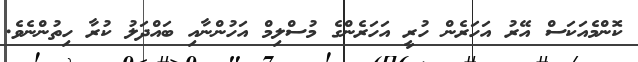
ކޮންމެއަކަސް އޭރު އަހަރެން ހުރީ އަހަރެންގެ މުސްލިމް އަހުންނާއި ބައްދަލުު ކުރާ ހިތުންނެވެ.